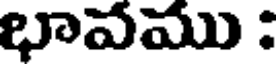
భావము :